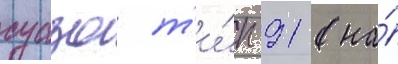
суазо т'и́п 91 (на́